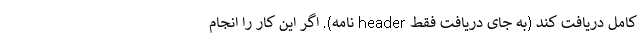
کامل دریافت کند (به جای دریافت فقط header نامه). اگر این کار را انجام